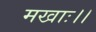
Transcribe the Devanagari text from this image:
मखाः।।